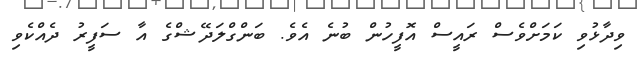
ވިދާޅުވި ކަމަށްވެސް ރައީސް އޮފީހުން ބުނެ އެވެ. ބަންގްލަދޭޝްގެ އާ ސަފީރު ދެއްކެވި